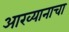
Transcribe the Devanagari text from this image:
आख्यानाचा